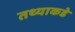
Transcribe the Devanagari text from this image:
तथ्याकडे